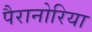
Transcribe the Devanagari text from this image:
पैरानोरिया